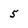
Character: 5